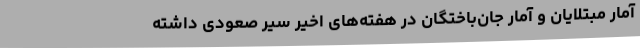
آمار مبتلایان و آمار جان‌باختگان در هفته‌های اخیر سیر صعودی داشته